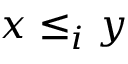
x \leq _ { i } y